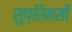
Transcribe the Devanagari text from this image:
सुप्रिमसी